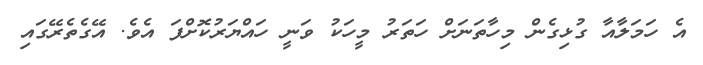
އެ ހަމަލާއާ ގުޅިގެން މިހާތަނަށް ހަތަރު މީހަކު ވަނީ ހައްޔަރުކޮށްފަ އެވެ. އޭގެތެރޭގައި